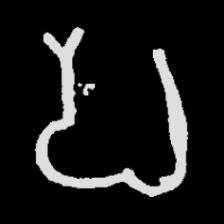
Pyu character \u2014 Myanmar letter: ပ (romanized: pa)